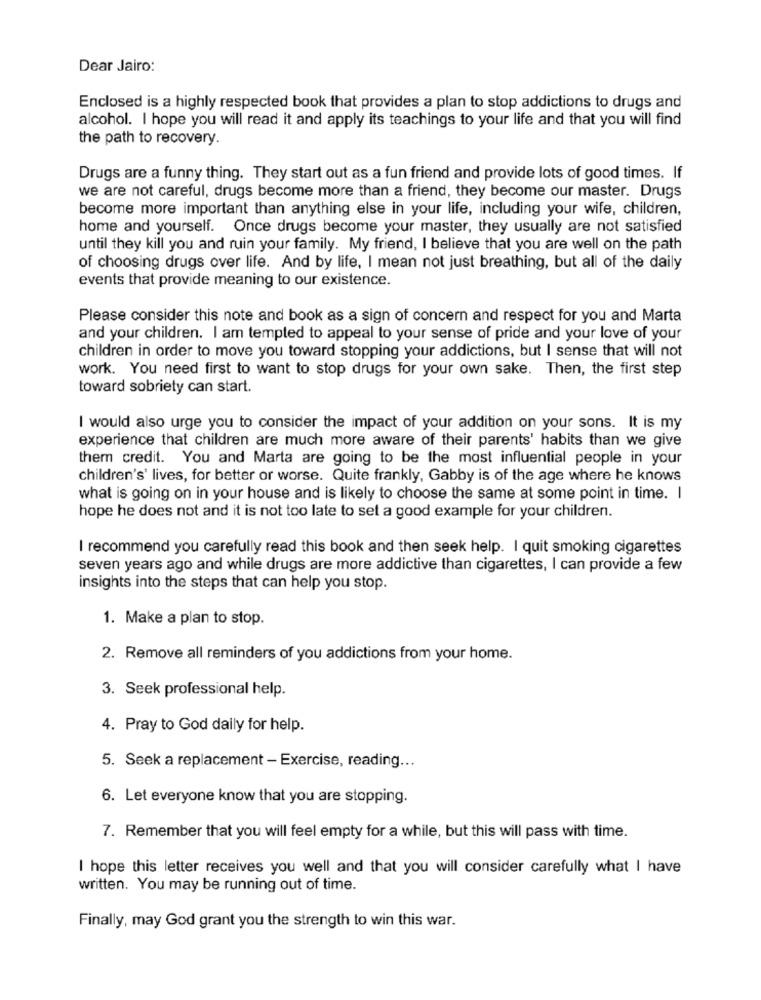
Dear Jairo:
Enclosed is a highly respected book that provides a plan to stop addictions to drugs and
alcohol. I hope you will read it and apply its teachings to your life and that you will find
the path to recovery.
Drugs are a funny thing. They start out as a fun friend and provide lots of good times. If
we are not careful, drugs become more than a friend, they become our master. Drugs
become more important than anything else in your life, including your wife, children,
home and yourself. Once drugs become your master, they usually are not satisfied
until they kill you and ruin your family. My friend, I believe that you are well on the path
of choosing drugs over life. And by life, I mean not just breathing, but all of the daily
events that provide meaning to our existence.
Please consider this note and book as a sign of concern and respect for you and Marta
and your children. I am tempted to appeal to your sense of pride and your love of your
children in order to move you toward stopping your addictions, but I sense that will not
work. You need first to want to stop drugs for your own sake. Then, the first step
toward sobriety can start.
I would also urge you to consider the impact of your addition on your sons. It is my
experience that children are much more aware of their parents' habits than we give
them credit. You and Marta are going to be the most influential people in your
children's' lives, for better or worse. Quite frankly, Gabby is of the age where he knows
what is going on in your house and is likely to choose the same at some point in time. I
hope he does not and it is not too late to set a good example for your children.
I recommend you carefully read this book and then seek help. I quit smoking cigarettes
seven years ago and while drugs are more addictive than cigarettes, I can provide a few
insights into the steps that can help you stop.
1. Make a plan to stop.
2. Remove all reminders of you addictions from your home.
3. Seek professional help.
4. Pray to God daily for help.
5. Seek a replacement - Exercise, reading ...
6. Let everyone know that you are stopping.
7. Remember that you will feel empty for a while, but this will pass with time.
I hope this letter receives you well and that you will consider carefully what I have
written. You may be running out of time.
Finally, may God grant you the strength to win this war.